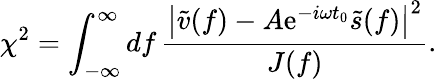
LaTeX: \chi^{2}=\int_{-\infty}^{\infty}\mathop{df}\frac{\left|\tilde{v}(f)-A\mathrm{e}^{-i\omega t_{0}}\tilde{s}(f)\right|^{2}}{J(f)}.